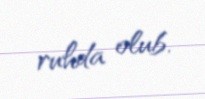
ruhda olub.